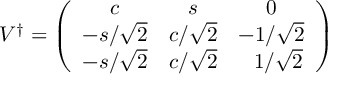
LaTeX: V ^ { \dagger } = \left( \begin{array} { c c c } { { c } } & { { s } } & { { 0 } } \\ { { - s / \sqrt { 2 } } } & { { c / \sqrt { 2 } } } & { { - 1 / \sqrt { 2 } } } \\ { { - s / \sqrt { 2 } } } & { { c / \sqrt { 2 } } } & { { ~ ~ 1 / \sqrt { 2 } } } \end{array} \right)